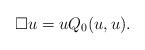
LaTeX: \begin{align*}\Box u =uQ_0(u,u).\end{align*}